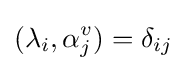
(\lambda _{i},\alpha _{j}^{v})=\delta _{ij}